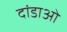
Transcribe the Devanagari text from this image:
दांडाओ